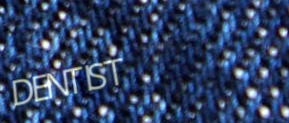
DENTIST